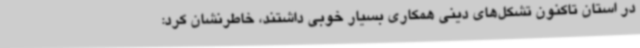
در استان تاکنون تشکل‌های دینی همکاری بسیار خوبی داشتند، خاطرنشان کرد: